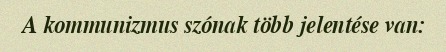
A kommunizmus szónak több jelentése van: